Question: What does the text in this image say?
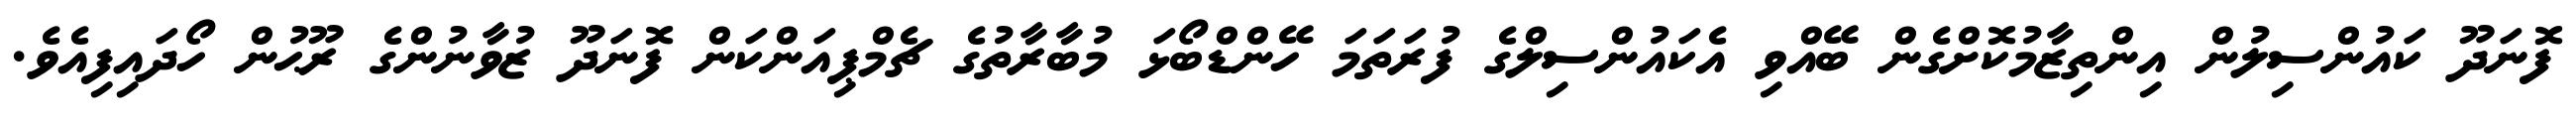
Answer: ފޮނަދޫ ކައުންސިލުން އިންތިޒާމުކޮށްގެން ބޭއްވި އެކައުންސިލްގެ ފުރަތަމަ ހޭންޑްބޯޅަ މުބާރާތުގެ ޗެމްޕިއަންކަން ފޮނަދޫ ޒުވާނުންގެ ރޫޙުން ހޯދައިފިއެވެ.